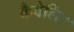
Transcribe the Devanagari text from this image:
कैवेलिर